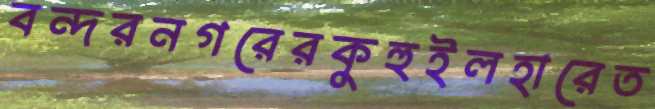
বন্দরনগরেরকুহুইলহারেত